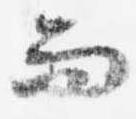
而